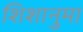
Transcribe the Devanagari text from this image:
शिशानुमा